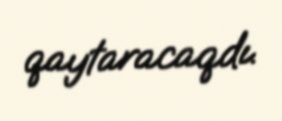
qaytaracaqdı.